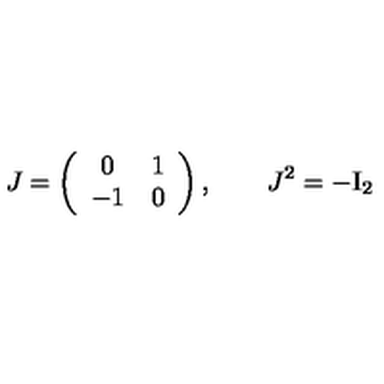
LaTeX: J = \left( \begin{array} { c c } { 0 } & { 1 } \\ { - 1 } & { 0 } \\ \end{array} \right) , \qquad J ^ { 2 } = - \mathrm { I } _ { 2 }